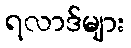
ရလာဒ်များ